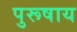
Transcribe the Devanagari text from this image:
पुरूषाय